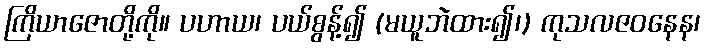
ကြိယာဇောတို့ကို။ ပဟာယ၊ ပယ်စွန့်၍ (မယူဘဲထား၍၊) ကုသလဇဝနေန၊